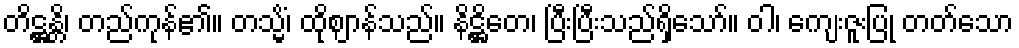
တိဋ္ဌန္တိ၊ တည်ကုန်၏။ တသ္မိံ၊ ထိုဈာန်သည်။ နိဋ္ဌိတေ၊ ပြီးပြီးသည်ရှိသော်။ ဝါ၊ ကျေးဇူးပြု တတ်သော